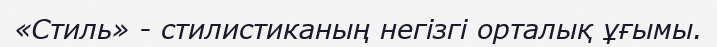
«Стиль» - стилистиканың негізгі орталық ұғымы.